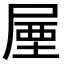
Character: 𡲙